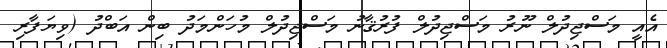
އެއީ މަސްޖިދުލް ނޫރު މަސްޖިދުލް ފުރުޤާނު މަސްޖިދުލް މުހަންމަދު ބިން އަބްދު (ވިޔަފާރި